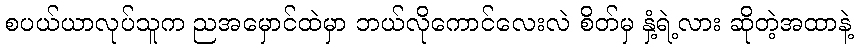
စပယ်ယာလုပ်သူက ညအမှောင်ထဲမှာ ဘယ်လိုကောင်လေးလဲ စိတ်မှ နှံ့ရဲ့လား ဆိုတဲ့အထာနဲ့